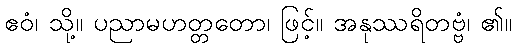
ဧဝံ၊ သို့။ ပညာမဟတ္တတော၊ ဖြင့်။ အနုဿရိတဗ္ဗံ၊ ၏။